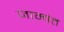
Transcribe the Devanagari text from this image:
जाम्वंत